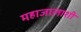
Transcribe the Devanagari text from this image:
महाजालाशी